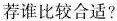
荐谁比较合适?